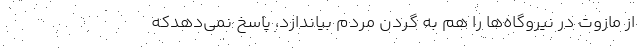
از مازوت در نیروگا‌ه‌ها را هم به گردن مردم بیاندازد، پاسخ نمی‌دهدکه